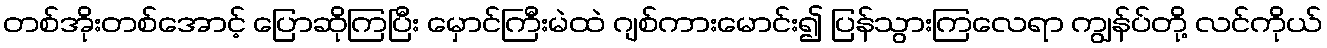
တစ်အိုးတစ်အောင့် ပြောဆိုကြပြီး မှောင်ကြီးမဲထဲ ဂျစ်ကားမောင်း၍ ပြန်သွားကြလေရာ ကျွန်ပ်တို့ လင်ကိုယ်